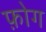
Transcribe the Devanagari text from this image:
फ़ोग